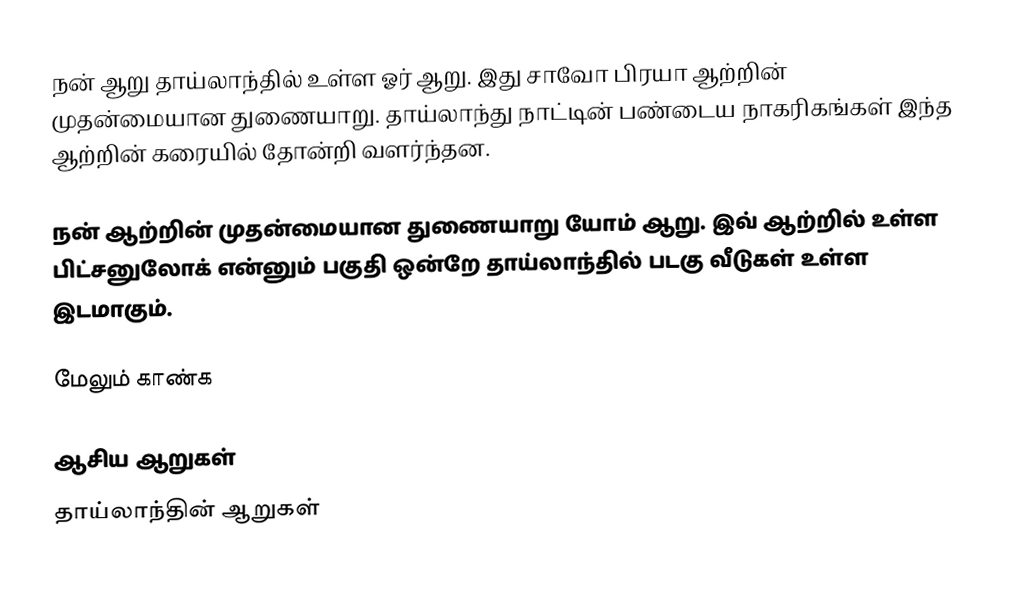
நன் ஆறு தாய்லாந்தில் உள்ள ஓர் ஆறு. இது சாவோ பிரயா ஆற்றின் முதன்மையான துணையாறு. தாய்லாந்து நாட்டின் பண்டைய நாகரிகங்கள் இந்த ஆற்றின் கரையில் தோன்றி வளர்ந்தன.

நன் ஆற்றின் முதன்மையான துணையாறு யோம் ஆறு. இவ் ஆற்றில் உள்ள பிட்சனுலோக் என்னும் பகுதி ஒன்றே தாய்லாந்தில் படகு வீடுகள் உள்ள இடமாகும்.

மேலும் காண்க

ஆசிய ஆறுகள்
தாய்லாந்தின் ஆறுகள்